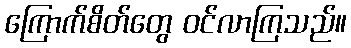
ကြောက်စိတ်တွေ ဝင်လာကြသည်။